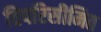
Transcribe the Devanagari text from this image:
विपरिसीमित